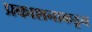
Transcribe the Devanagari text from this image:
प्रकाशनाकडून